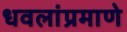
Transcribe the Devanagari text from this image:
धवलांप्रमाणे